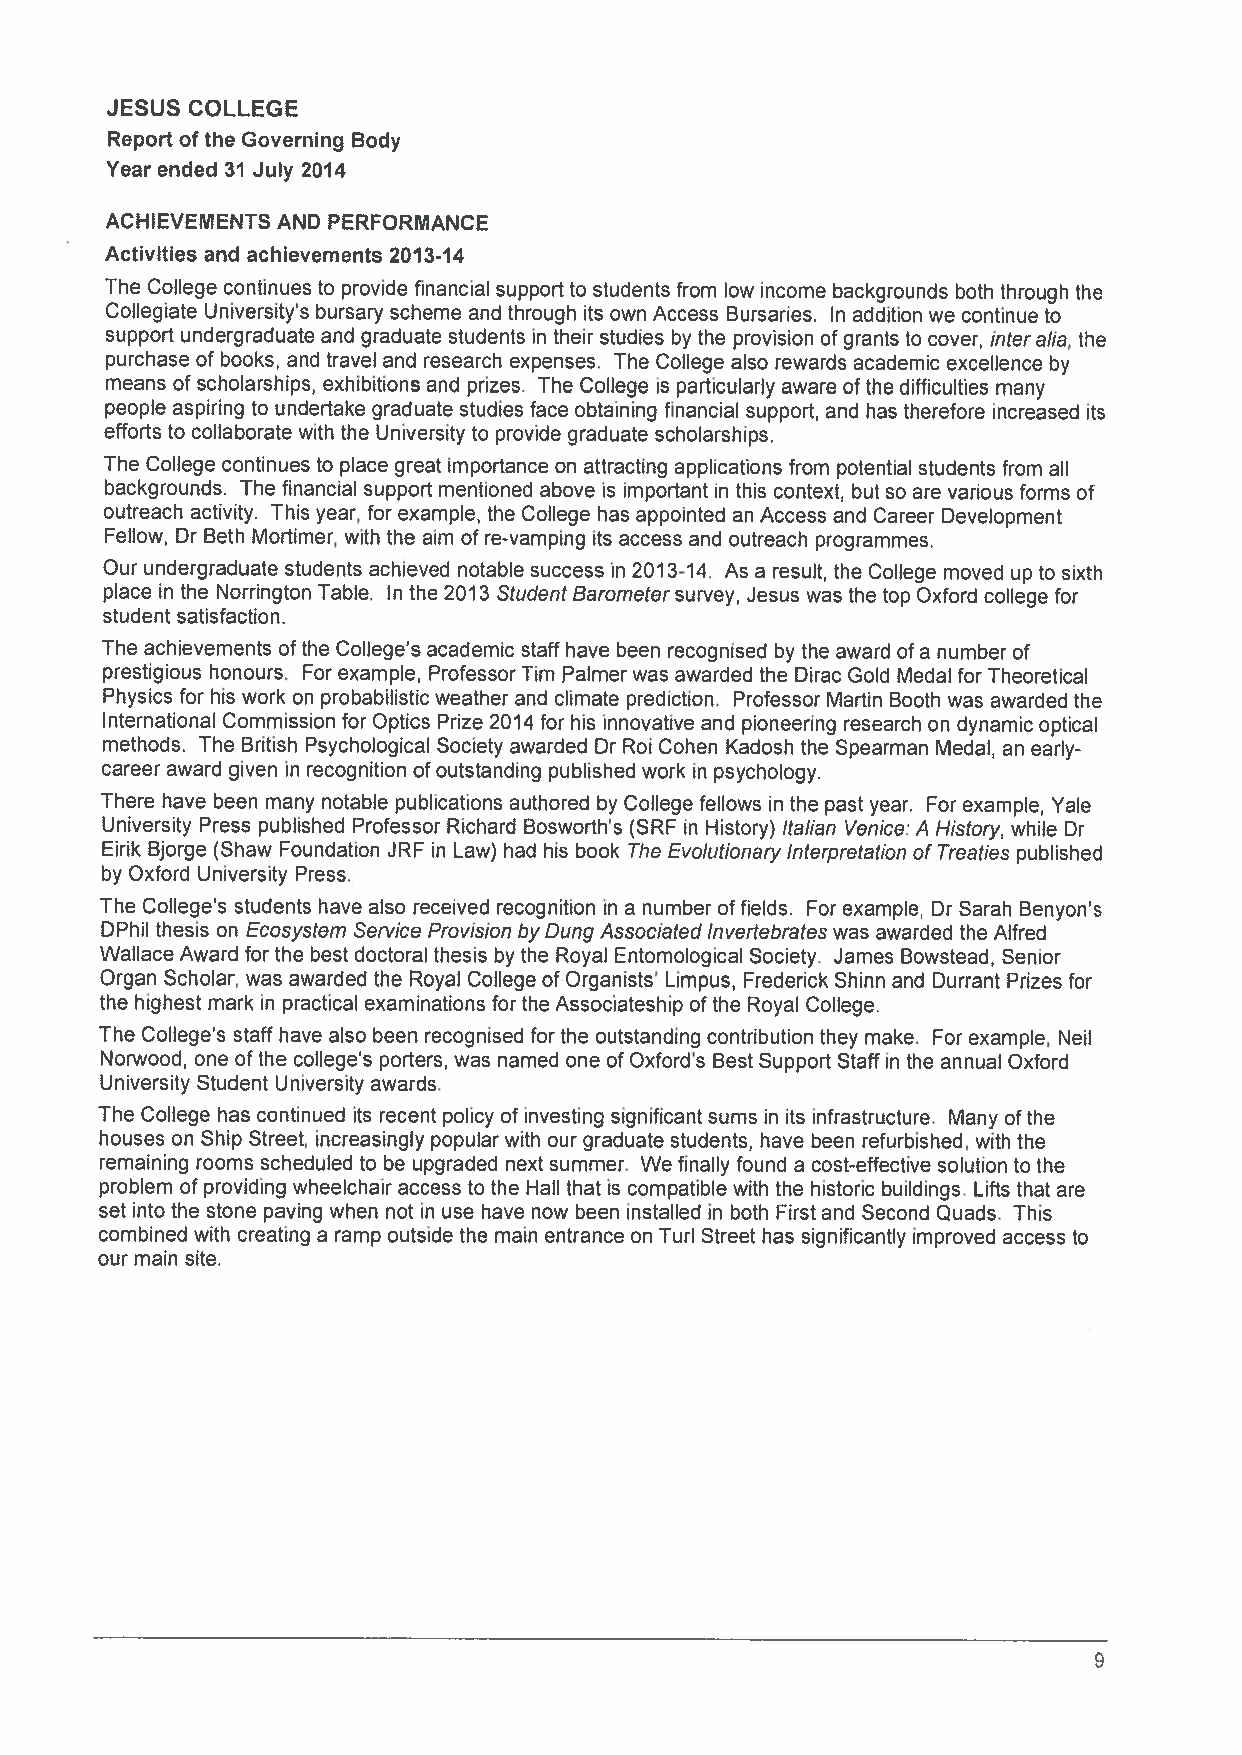
JESUS COLLEGE
 Report of the Governing Body
 Year ended 31 July 2014
 ACHIEVEMENTS AND PERFORMANCE
 Activities and achievements 2013-14
 The College continues to provide financial support to students from low income backgrounds both through the
 Collegiate University’s bursary scheme and through its own Access Bursaries. In addition we continue to
 support undergraduate and graduate students in their studies by the provision of grants to cover, interalia, the
 purchase of books, and travel and research expenses. The College also rewards academic excellence by
 means of scholarships, exhibitions and prizes. The College is particularly aware of the difficulties many
 people aspiring to undertake graduate studies face obtaining financial support, and has therefore increased its
 efforts to collaborate with the University to provide graduate scholarships.
 The College continues to place great importance on attracting applications from potential students from all
 backgrounds. The financial support mentioned above is important in this context, but so are various forms of
 outreach activity. This year, for example, the College has appointed an Access and Career Development
 Fellow, Dr Beth Mortimer, with the aim of re-vamping its access and outreach programmes.
 Our undergraduate students achieved notable success in 2013-14. As a result, the College moved up to sixth
 place in the Norrington Table. In the 2013 Student Barometersurvey, Jesus was the top Oxford college for
 student satisfaction.
 The achievements of the College’s academic staff have been recognised by the award ofa number of
 prestigious honours. For example, Professor Tim Palmerwas awarded the Dirac Gold Medal for Theoretical
 Physics for his work on probabilistic weather and climate prediction. Professor Martin Booth was awarded the
 International Commission for Optics Prize 2014 for his innovative and pioneering research on dynamic optical
 methods. The British Psychological Society awarded Dr Roi Cohen Kadosh the Spearman Medal, an early-
 career award given in recognition ofoutstanding published work in psychology.
 There have been many notable publications authored by College fellows in the past year. For example, Yale
 University Press published Professor Richard Bosworth’s (SRF in History) Italian Venice: A History, while Dr
 Eirik Bjorge (Shaw Foundation JRF in Law) had his book The Evolutionary Interpretation of Treaties published
 by Oxford University Press.
 The College’s students have also received recognition in a number of fields. For example, Dr Sarah Benyon’s
 DPhil thesis on Ecosystem Service Provision byDung Associated Invertebrates was awarded the Alfred
 Wallace Award for the best doctoral thesis by the Royal Entomological Society. James Bowstead, Senior
 Organ Scholar, was awarded the Royal College of Organists’ Limpus, Frederick Shinn and Durrant Prizes for
 the highest mark in practical examinations for the Associateship of the Royal College.
 The College’s staff have also been recognised for the outstanding contribution they make. For example, Neil
 Norwood, one of the college’s porters, was named one of Oxford’s Best Support Staff in the annual Oxford
 University Student University awards.
 The College has continued its recent policy of investing significant sums in its infrastructure. Many of the
 houses on Ship Street, increasingly popular with our graduate students, have been refurbished, with the
 remaining rooms scheduled to be upgraded next summer. We finally found a cost-effective solution to the
 problem of providing wheelchair access to the Hall that is compatible with the historic buildings. Lifts that are
 set into the stone paving when not in use have now been installed in both First and Second Quads. This
 combined with creating a ramp outside the main entrance on Turl Street has significantly improved access to
 our main site.
 9